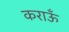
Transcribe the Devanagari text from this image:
कराऊँ